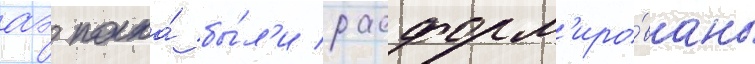
аэ полка́ бы́л'и расформ'иро́ваны